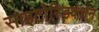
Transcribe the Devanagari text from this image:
साइटोरिडक्शन